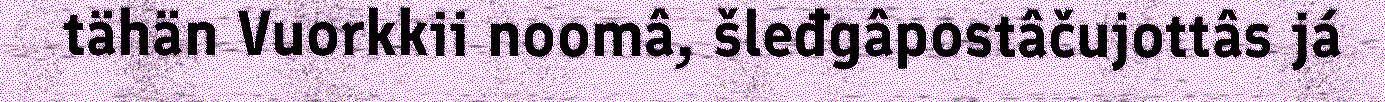
tähän Vuorkkii noomâ, šleđgâpostâčujottâs já